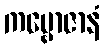
ကမ္ဗောဇာနံ